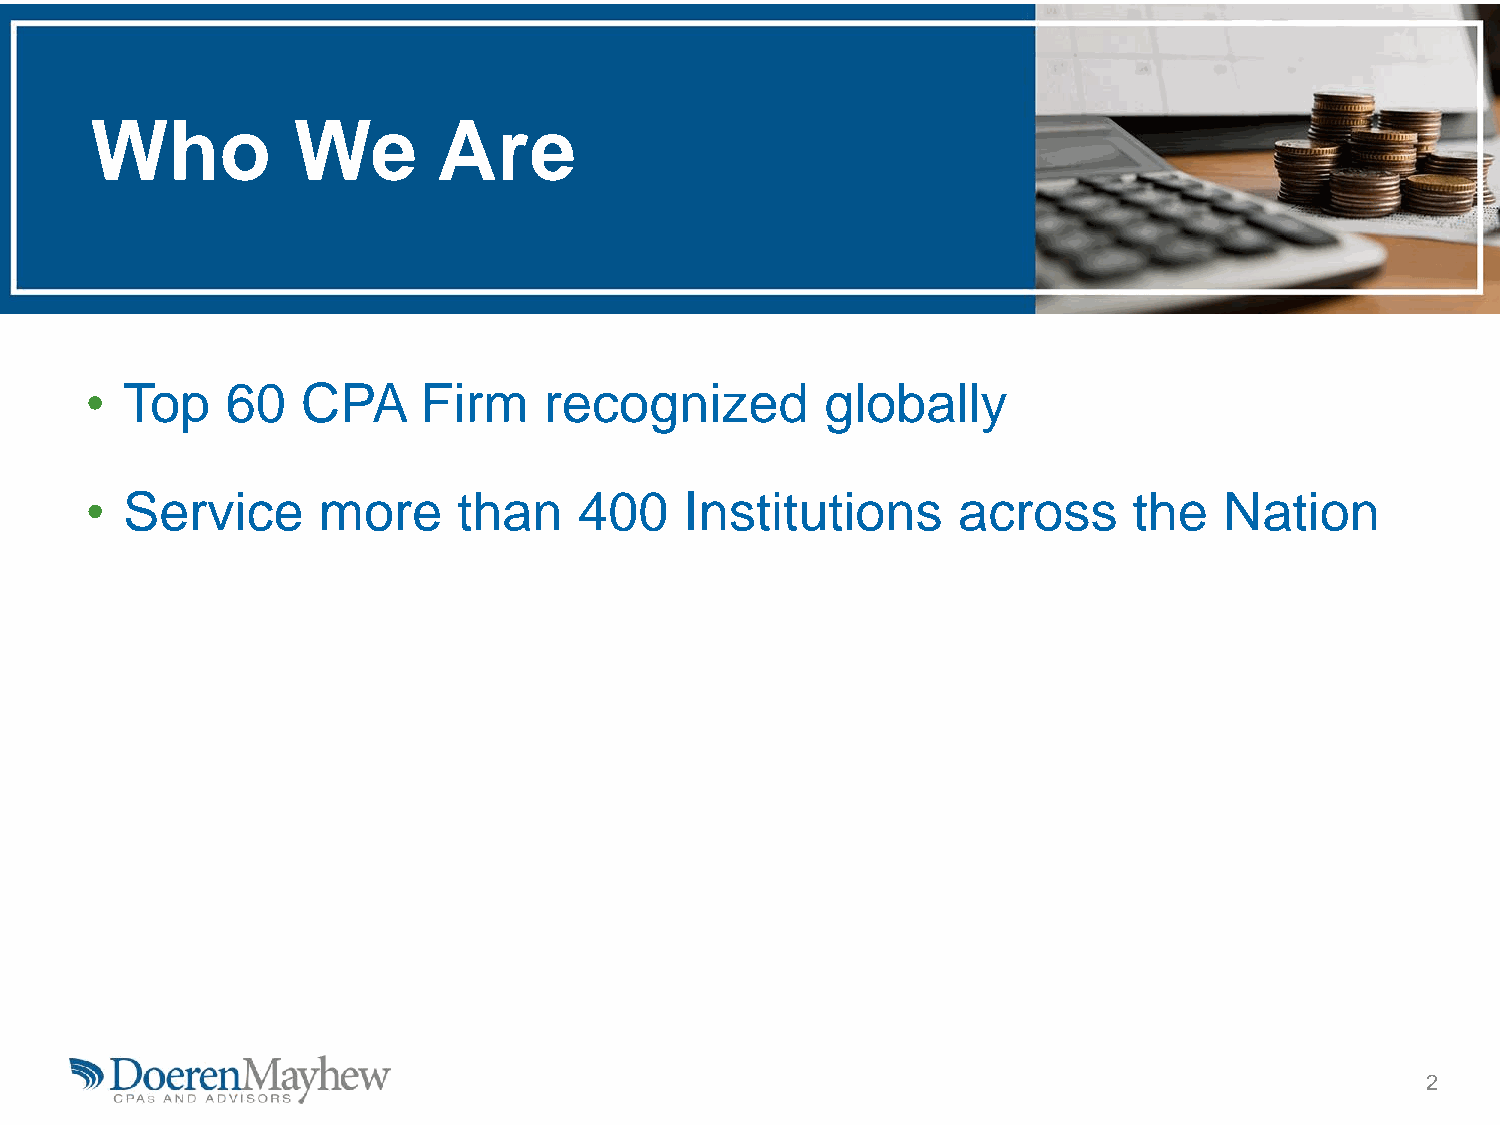
Who          We        Are
 • Top    60   CPA     Firm    recognized         globally
 • Service      more     than    400    Institutions      across      the   Nation
 2